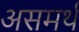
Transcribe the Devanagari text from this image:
असमर्थं